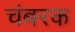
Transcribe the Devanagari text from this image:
चंबरक